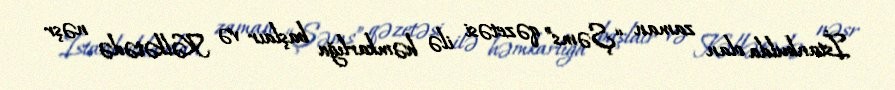
İstanbulda olan zaman “Şəms” qəzetəsi ilə həmkarlığa başlaır və Kəlkətədə nəşr